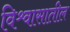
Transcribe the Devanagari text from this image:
विश्र्वासातील